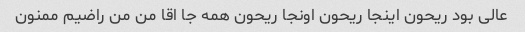
عالی بود ریحون اینجا ریحون اونجا ریحون همه جا اقا من من راضیم ممنون